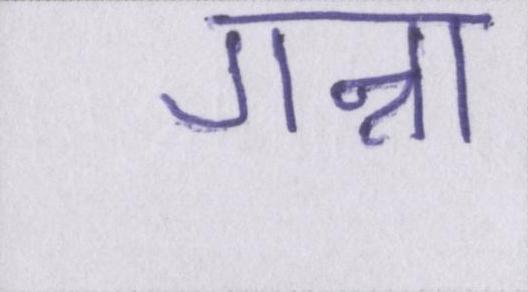
गन्ना